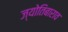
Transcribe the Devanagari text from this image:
ज्योतिबाराव